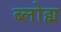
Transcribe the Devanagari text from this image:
ब्लोह्म